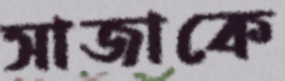
সাজাকে